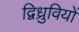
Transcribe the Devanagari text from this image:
द्विध्रुवियों